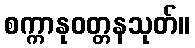
စက္ကာနုဝတ္တနသုတ်။